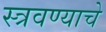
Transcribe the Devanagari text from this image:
स्त्रवण्याचे